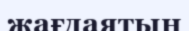
жағдаятын